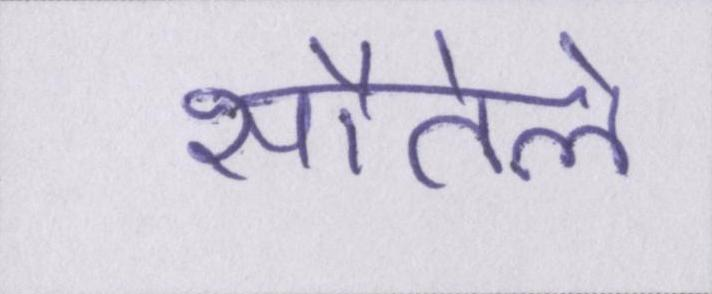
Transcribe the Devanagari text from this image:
सौतेले